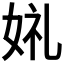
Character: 𫰣